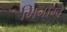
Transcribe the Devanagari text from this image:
मिनोग्वे